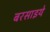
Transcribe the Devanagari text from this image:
बरसाइये